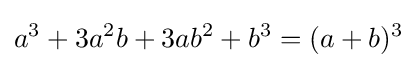
a^{3}+3a^{2}b+3ab^{2}+b^{3}=(a+b)^{3}